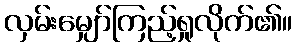
လှမ်းမျှော်ကြည့်ရှုလိုက်၏။